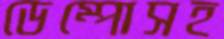
ডেম্পোসহ